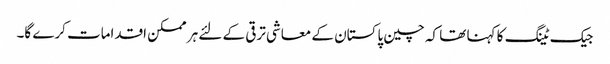
جیک ٹینگ کا کہنا تھا کہ چین پاکستان کے معاشی ترقی کے لئے ہر ممکن اقدامات کرے گا۔